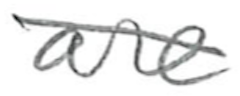
Text: are
Cross-out: diagonal
Writing tool: pencil